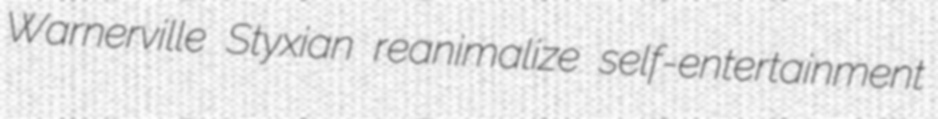
Warnerville Styxian reanimalize self-entertainment